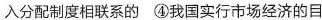
入分配制度相联系的 ④我国实行市场经济的目